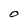
Character: O